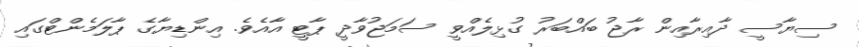
ސިޔާސީ ދާއިރާއިން ރާޖު ބައްބަރު ގުޅިލެއްވީ ސަމަޖުވާދީ ޕާޓީ އާއެވެ. އިންޑިޔާގެ ޕާލަމެންޓްގައި